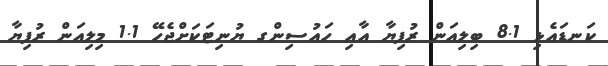
ކަނޑައެޅި 8.1 ބިލިއަން ރުފިޔާ އާއި ހައުސިންގ ޔުނިޓަކަށްޖެހޭ 1.1 މިލިއަން ރުފިޔާ